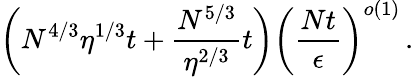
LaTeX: \left(N^{4/3}\eta^{1/3}t+\frac{N^{5/3}}{\eta^{2/3}}t\right)\left(\frac{Nt}{\epsilon}\right)^{o\left(1\right)}\, .